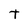
Character: T